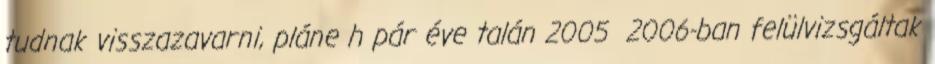
tudnak visszazavarni, pláne h pár éve talán 2005 2006-ban felülvizsgáltak